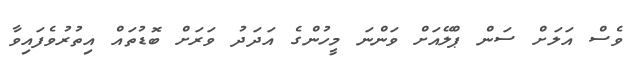
ވެސް އަލަށް ސަން ޕްލޭއަށް ވަންނަ މީހުންގެ އަދަދު ވަރަށް ބޮޑުތައް އިތުރުވެފައިވާ